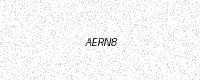
Text: AERN8